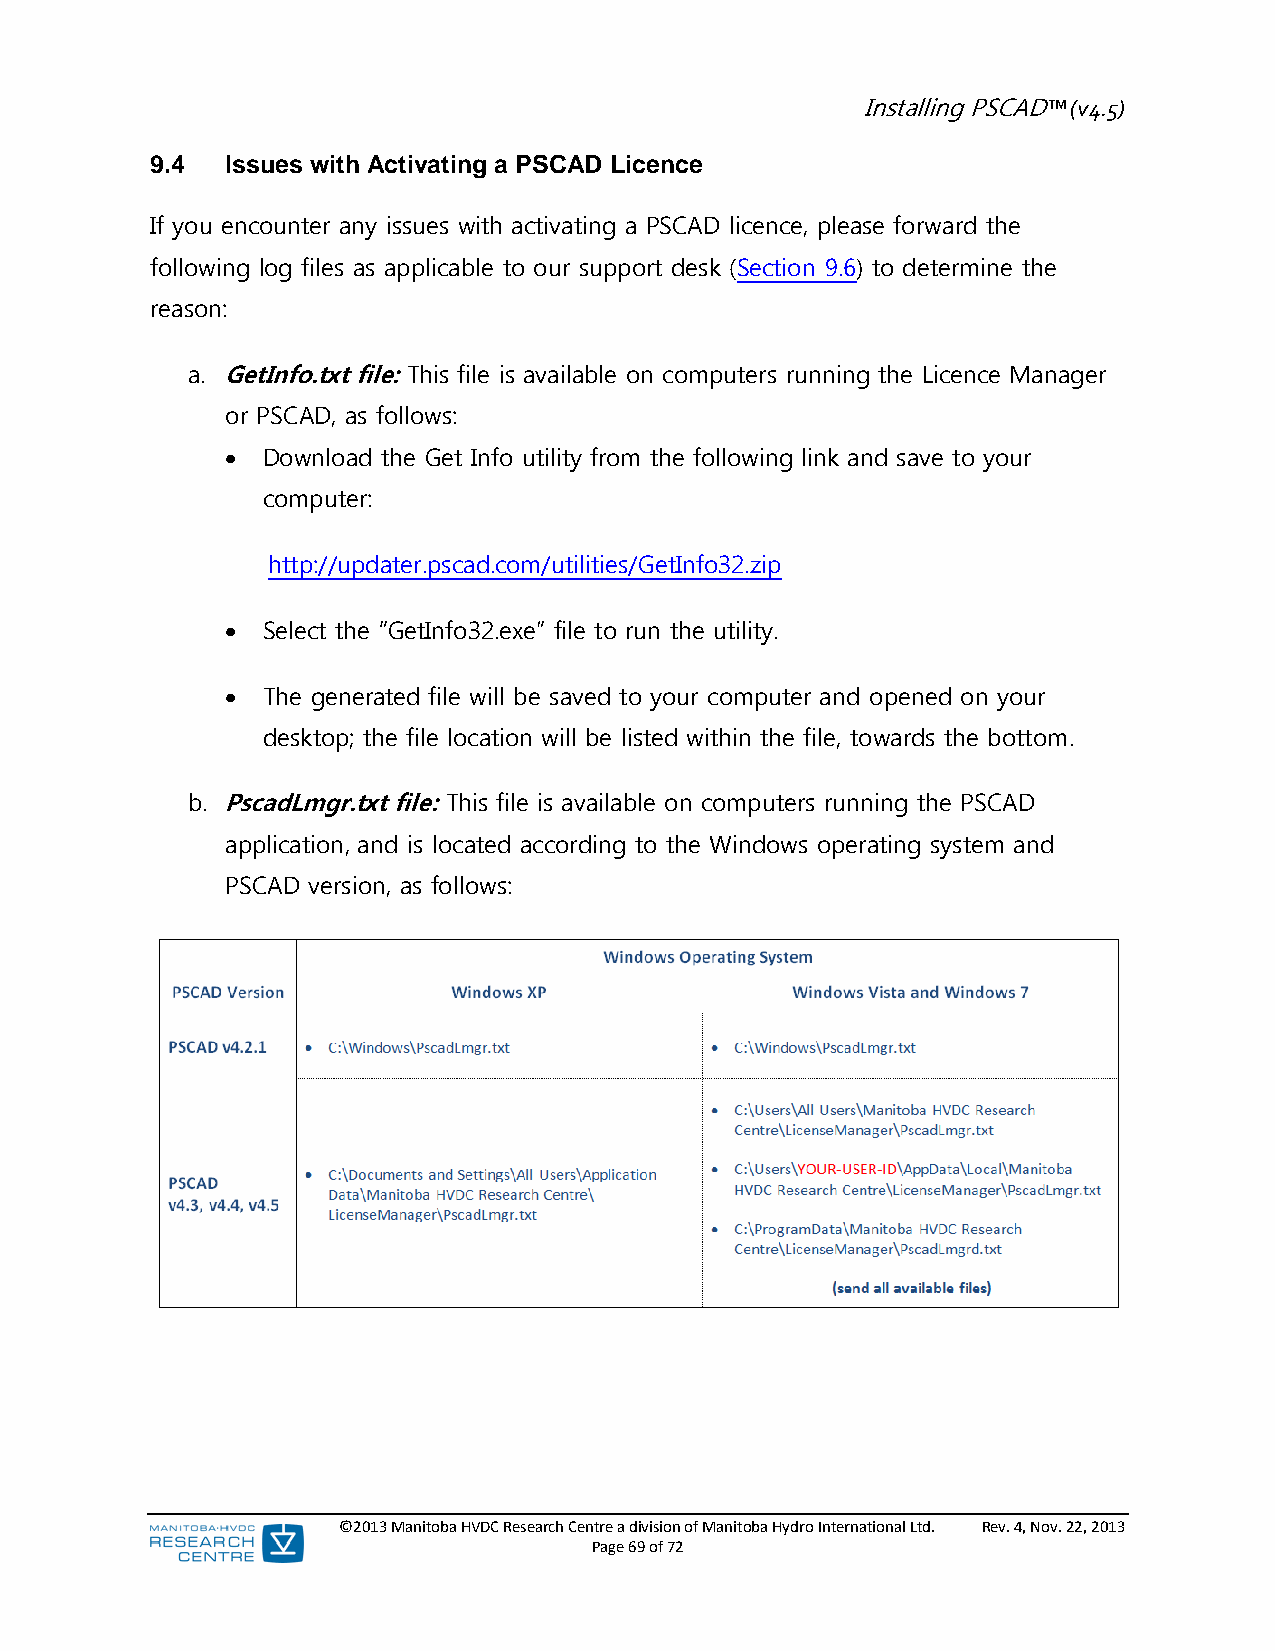
Installing PSCAD™ (v4.5)
 9.4  Issues with Activating a PSCAD Licence
 If you encounter any issues with activating a PSCAD licence, please forward the
 following log files as applicable to our support desk (Section 9.6) to determine the
 reason:
 a. GetInfo.txt file: This file is available on computers running the Licence Manager
 or PSCAD, as follows:
  Download the Get Info utility from the following link and save to your
 computer:
 http://updater.pscad.com/utilities/GetInfo32.zip
  Select the “GetInfo32.exe” file to run the utility.
  The generated file will be saved to your computer and opened on your
 desktop; the file location will be listed within the file, towards the bottom.
 b. PscadLmgr.txt file: This file is available on computers running the PSCAD
 application, and is located according to the Windows operating system and
 PSCAD version, as follows:
 ©2013 Manitoba HVDC Research Centre a division of Manitoba Hydro International Ltd. Rev. 4, Nov. 22, 2013
 Page 69 of 72